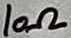
Text: 10Ω